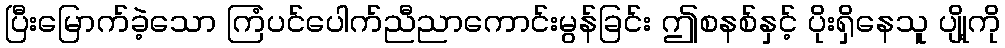
ပြီးမြောက်ခဲ့သော ကြံပင်ပေါက်ညီညာကောင်းမွန်ခြင်း ဤစနစ်နှင့် ပိုးရှိနေသူ ပျို့ကို